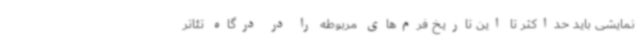
نمایشی باید حداکثر تا این تاریخ فرم‌های مربوطه را در درگاه تئاتر